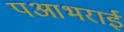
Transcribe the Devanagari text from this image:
पआभराई